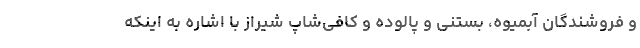
و فروشندگان آبمیوه، بستنی و پالوده و کافی‌شاپ شیراز با اشاره به اینکه